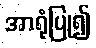
အာရုံပြု၍